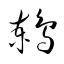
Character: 鶫